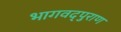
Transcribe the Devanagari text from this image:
भागवद्पुराण